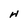
Character: H